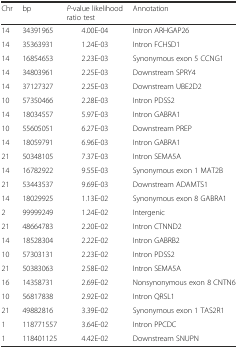
| Chr | bp | P-value likelihood ratio test | Annotation |
 | --- | --- | --- | --- |
 | 14 | 34391965 | 4.00E-04 | Intron ARHGAP26 |
 | 14 | 35363931 | 1.24E-03 | Intron FCHSD1 |
 | 14 | 16854653 | 2.23E-03 | Synonymous exon 5 CCNG1 |
 | 14 | 34803961 | 2.25E-03 | Downstream SPRY4 |
 | 14 | 37127327 | 2.25E-03 | Downstream UBE2D2 |
 | 10 | 57350466 | 2.28E-03 | Intron PDSS2 |
 | 14 | 18034557 | 5.97E-03 | Intron GABRA1 |
 | 10 | 55605051 | 6.27E-03 | Downstream PREP |
 | 14 | 18059791 | 6.96E-03 | Intron GABRA1 |
 | 21 | 50348105 | 7.37E-03 | Intron SEMA5A |
 | 14 | 16782922 | 9.55E-03 | Synonymous exon 1 MAT2B |
 | 21 | 53443537 | 9.69E-03 | Downstream ADAMTS1 |
 | 14 | 18029925 | 1.13E-02 | Synonymous exon 8 GABRA1 |
 | 2 | 99999249 | 1.24E-02 | Intergenic |
 | 21 | 48664783 | 2.20E-02 | Intron CTNND2 |
 | 14 | 18528304 | 2.22E-02 | Intron GABRB2 |
 | 10 | 57303131 | 2.23E-02 | Intron PDSS2 |
 | 21 | 50383063 | 2.58E-02 | Intron SEMA5A |
 | 16 | 14358731 | 2.69E-02 | Nonsynonymous exon 8 CNTN6 |
 | 10 | 56817838 | 2.92E-02 | Intron QRSL1 |
 | 21 | 49882816 | 3.39E-02 | Synonymous exon 1 TAS2R1 |
 | 1 | 118771557 | 3.64E-02 | Intron PPCDC |
 | 1 | 118401125 | 4.42E-02 | Downstream SNUPN |